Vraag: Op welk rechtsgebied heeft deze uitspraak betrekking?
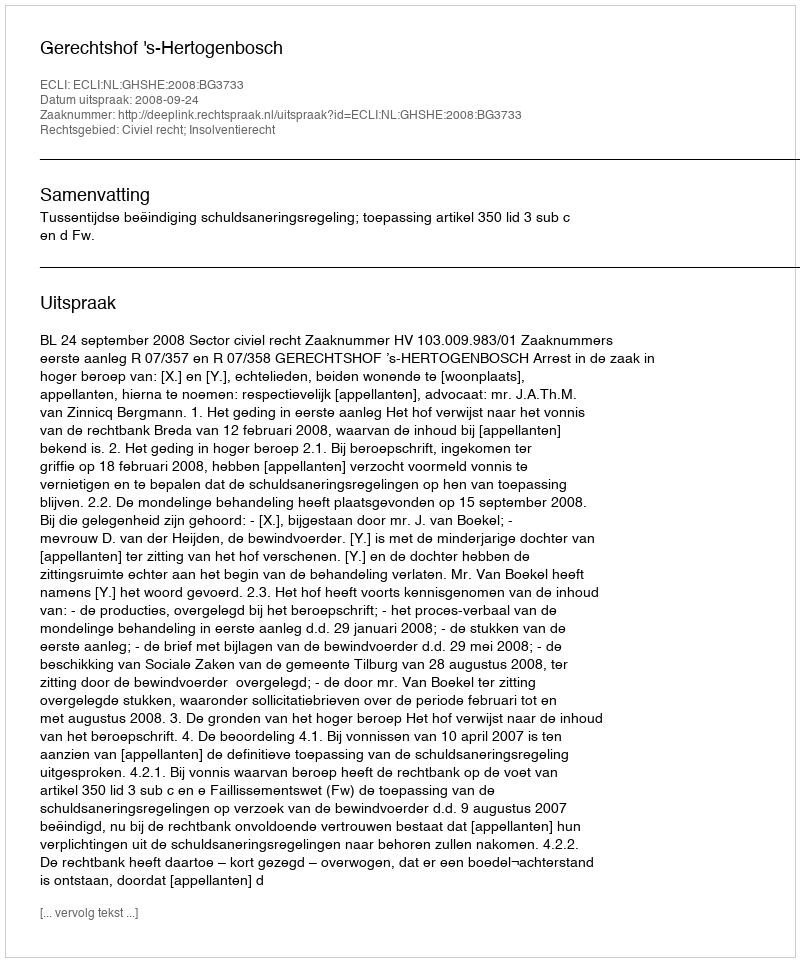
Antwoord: Civiel recht; Insolventierecht